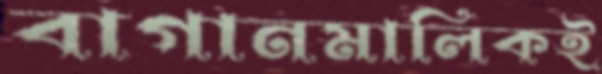
বাগানমালিকই